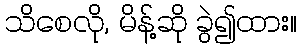
သိစေလို, မိန့်ဆို ခွဲ၍ထား။